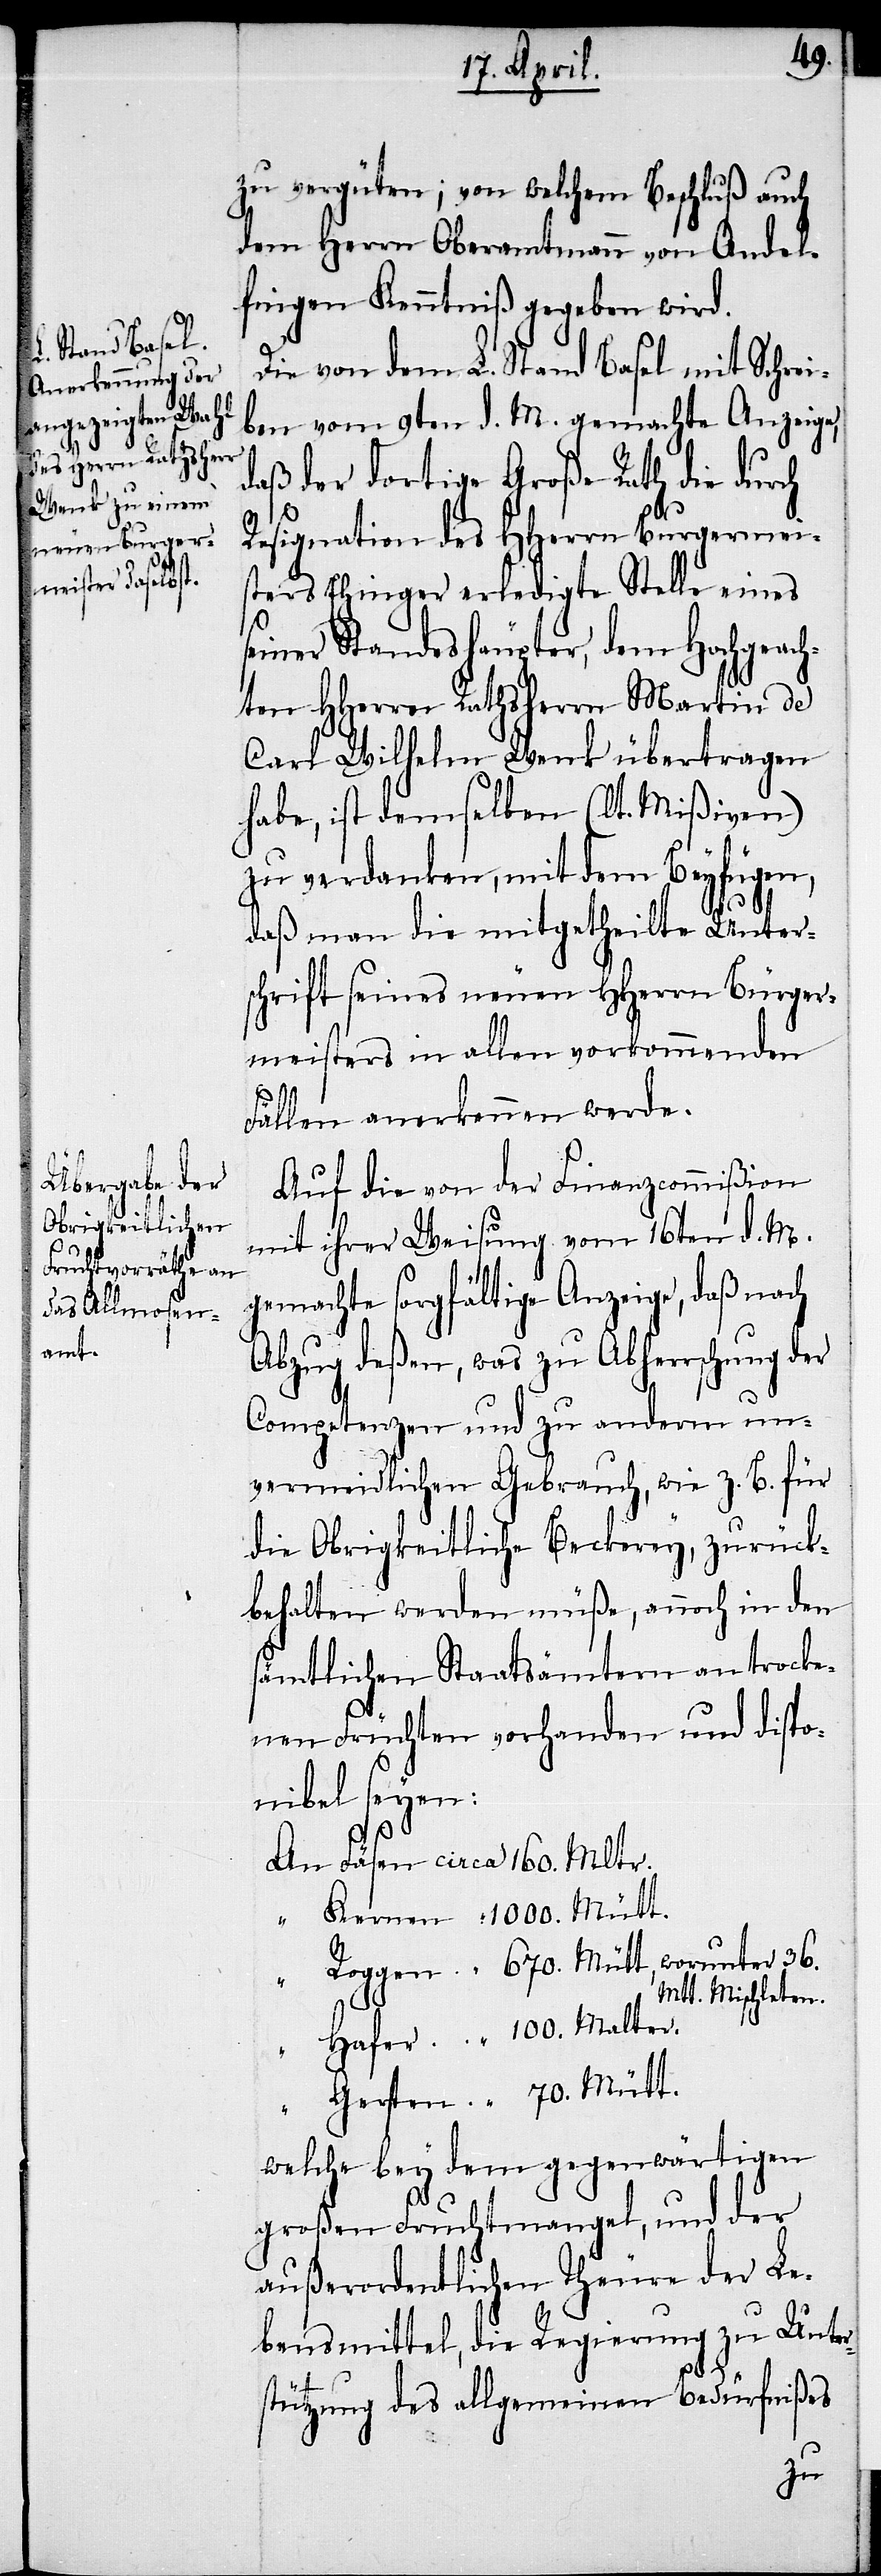
100.

zu vergüten; von welchem Beschluß auch
dem Herrn Oberamtmann von Andel¬
fingen Kenntniß gegeben wird.
Die von dem L. Stand Basel mit Schrei¬
ben vom 9ten d. M. gemachte Anzeige,
daß der dortige Große Rath die durch
Resignation des HHerrn Burgermei¬
sters Ehinger erledigte Stelle eines
seiner Standeshäupter, dem Hochgeach¬
ten HHerren Rathsherrn Martin de
Carl Wilhelm Wenk übertragen
habe, ist demselben (lt. Mißiven)
zu verdanken, mit dem Beyfügen,
daß man die mitgetheilte Unter¬
schrift seines neuen HHerrn Bürger¬
meisters in allen vorkommenden
Fällen anerkennen werde.
Auf die von der Finanzcommißion
mit ihrer Weisung vom 16ten d. M.
gemachte sorgfältige Anzeige, daß nach
Abzug deßen, was zu Abherrschung der
Competenzen und zu anderm un¬
vermeidlichen Gebrauch, wie z. B. für
die Obrigkeitliche Beckerey, zurück¬
behalten werden müße, annoch in den
sämtlichen Staatsämtern an trocke¬
nen Früchten vorhanden und dispo¬
nibel seyen:
70.
Mtt. Mischleten.
welche bey dem gegenwärtigen
großen Fruchtmangel, und der
außerordentlichen Theure der Le¬
bensmittel, die Regierung zu Unter¬
stützung des allgemeinen Bedürfnißes